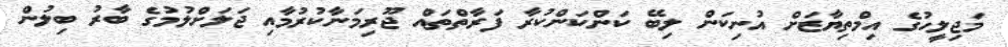
މަޖިލީހުގެ އިމްތިޔާޒަށް އުނިކަން ލިބޭ ކަންކަންކުރާ ފަރާތްތައް ޖޫރިމަނާކުރުމާއި ޖަލަށްލުމުގެ ބާރު ބިލުން